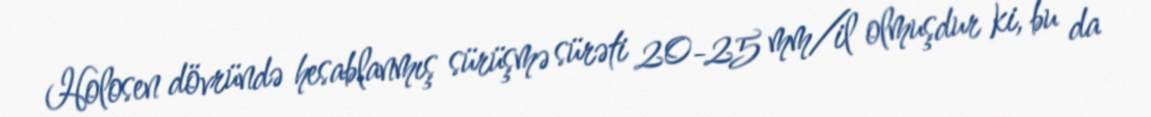
Holosen dövründə hesablanmış sürüşmə sürəti 20-25 mm/il olmuşdur ki, bu da